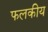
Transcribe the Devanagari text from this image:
फलकीय